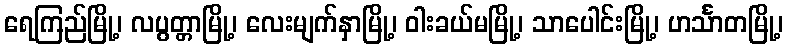
ရေကြည်မြို့၊ လပွတ္တာမြို့၊ လေးမျက်နှာမြို့၊ ဝါးခယ်မမြို့၊ သာပေါင်းမြို့၊ ဟင်္သာတမြို့၊